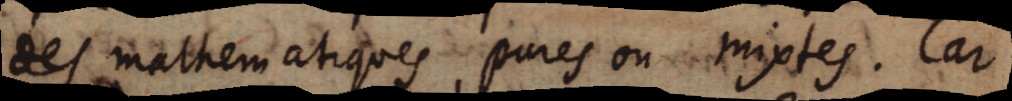
des mathematiques pures ou mixtes. Car